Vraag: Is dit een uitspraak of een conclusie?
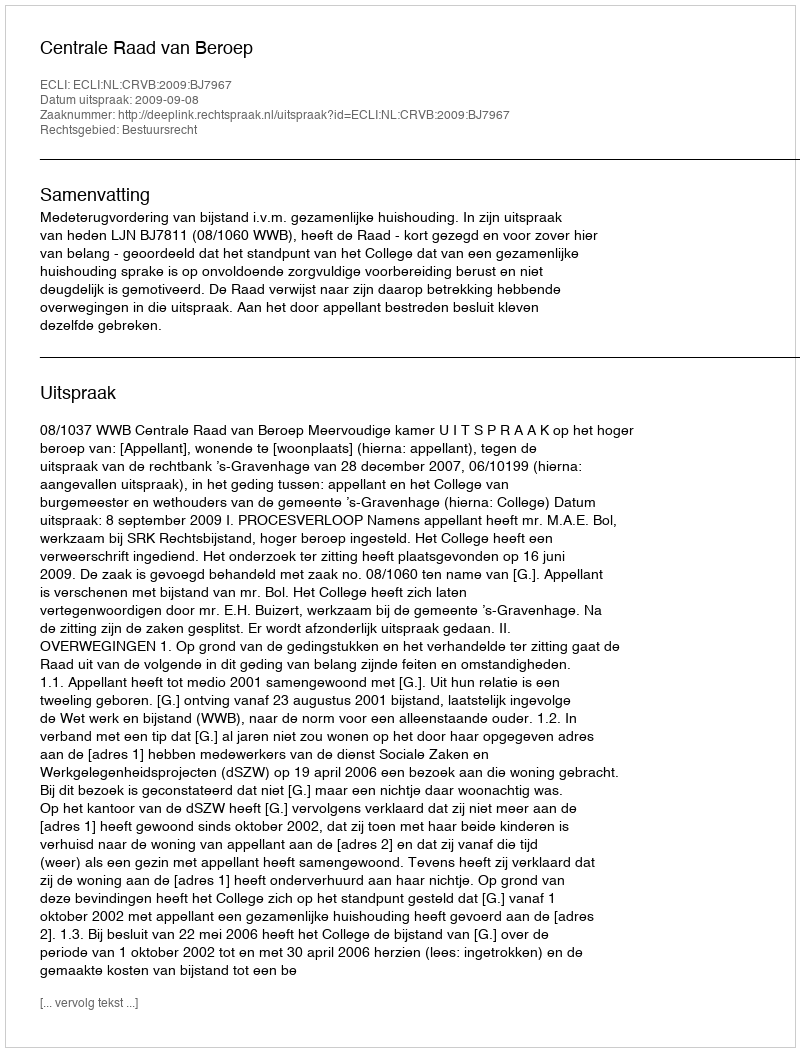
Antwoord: Uitspraak